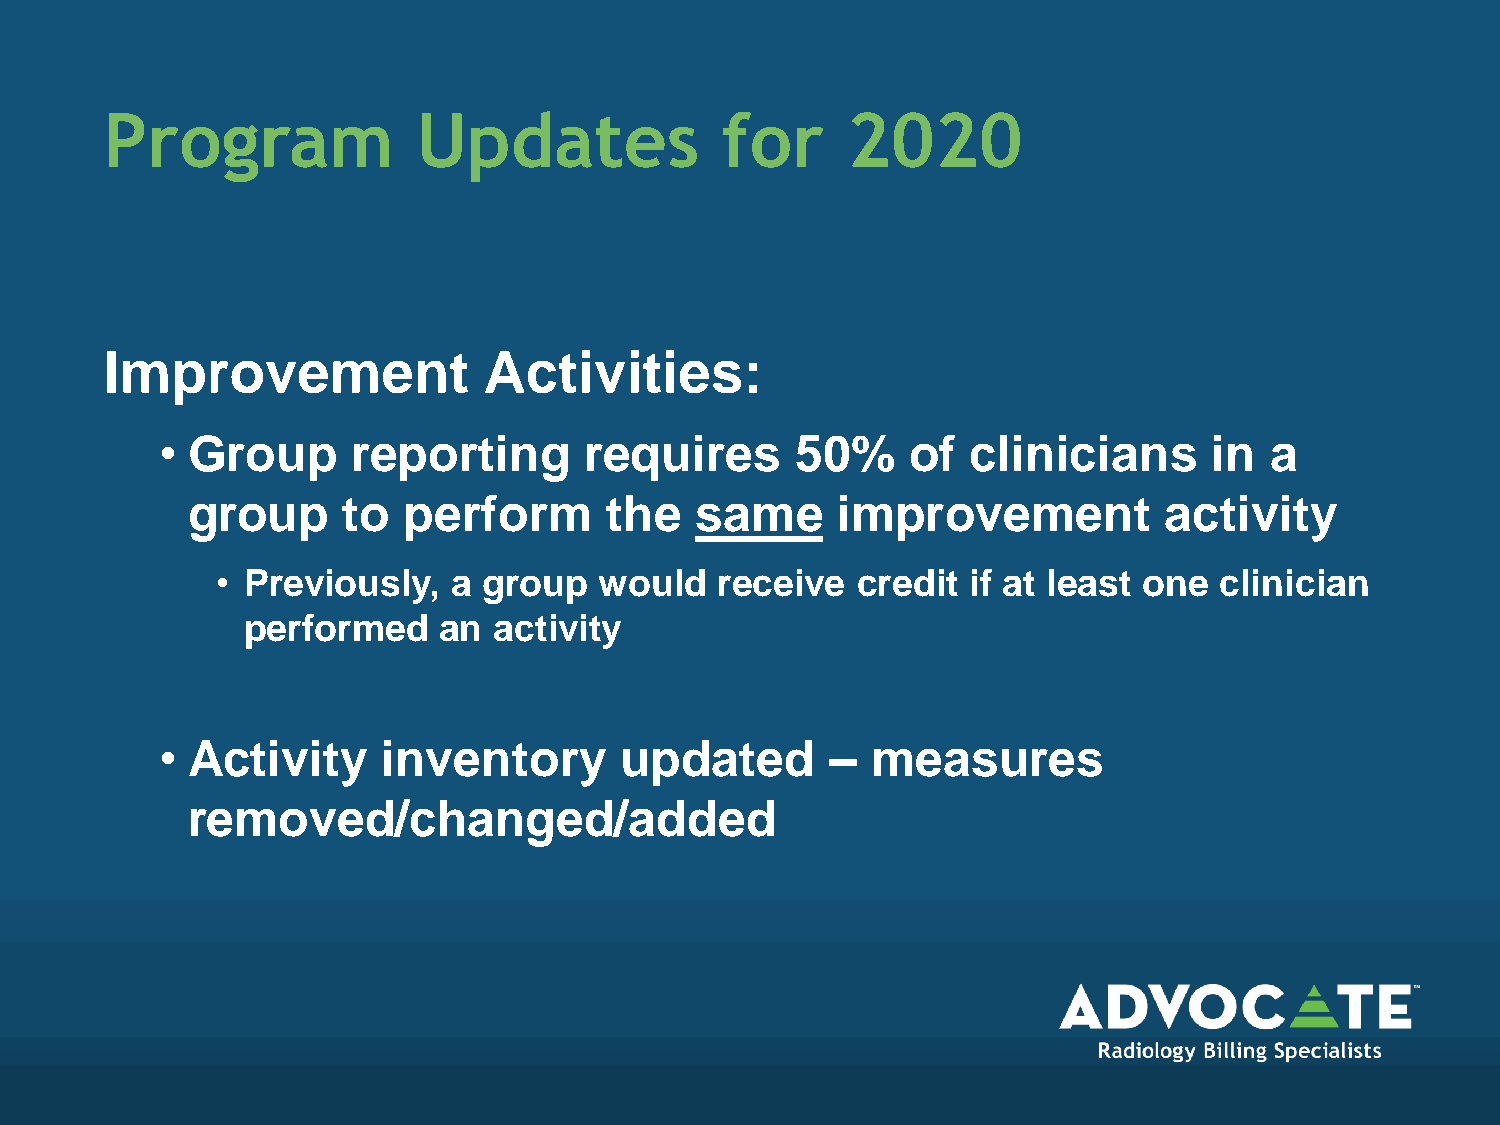
Program              Updates             for     2020
 Improvement              Activities:
 • Group     reporting       requires      50%    of  clinicians      in  a
 group      to  perform      the   same     improvement           activity
 • Previously,   a group   would   receive  credit if at least one  clinician
 performed    an  activity
 • Activity    inventory       updated       –  measures
 removed/changed/added